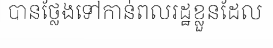
បានថ្លែងទៅកាន់ពលរដ្ឋខ្លួនដែល